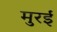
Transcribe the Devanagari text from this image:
मुरई